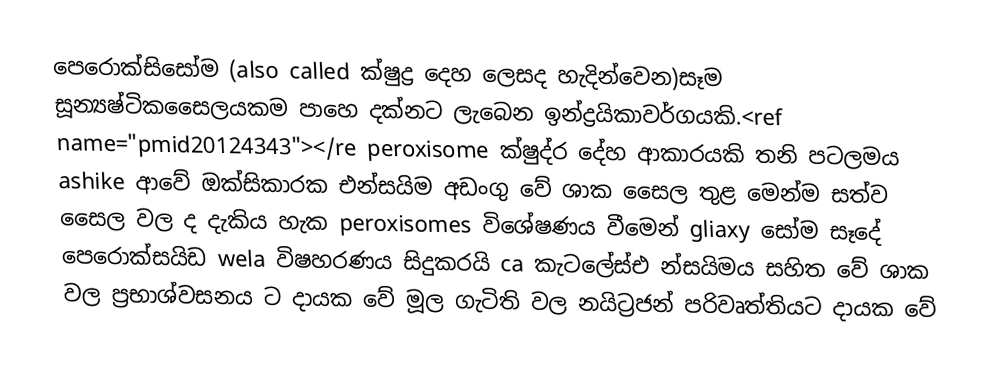
පෙරොක්සිසෝම  (also called ක්ෂුද්‍ර දෙහ ලෙසද හැදින්වෙන)සෑම සූන්‍යෂ්ටිකසෛලයකම පාහෙ දක්නට ලැබෙන ඉන්ද්‍රයිකාවර්ගයකි.<ref name="pmid20124343"></re peroxisome  ක්ෂුද්ර දේහ ආකාරයකි තනි පටලමය ashike ආවේ ඔක්සිකාරක එන්සයිම අඩංගු වේ ශාක සෛල තුළ මෙන්ම සත්ව සෛල වල ද දැකිය හැක peroxisomes විශේෂණය වීමෙන් gliaxy සෝම සෑදේ    පෙරොක්සයිඩ wela විෂහරණය සිදුකරයි ca කැටලේස්එ න්සයිමය සහිත වේ  ශාක වල ප්‍රභාශ්වසනය ට දායක වේ මූල ගැටිති වල නයිට්‍රජන් පරිවෘත්තියට දායක වේ